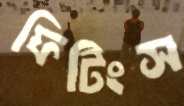
ফিটিংস